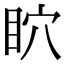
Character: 𥄴